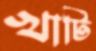
খাটি